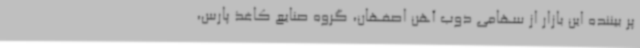
پر بیننده این بازار از سهامی ذوب آهن اصفهان، گروه صنایع کاغذ پارس،